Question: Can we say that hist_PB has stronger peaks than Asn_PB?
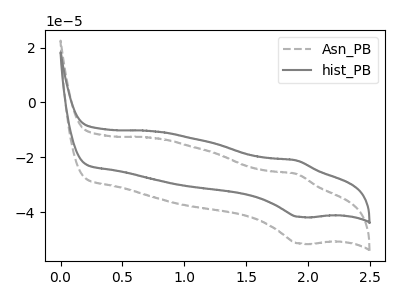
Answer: <think>The gray dashed curve "Asn_PB" has an anodic peak at (1.90V, -26.00uA) and a cathodic peak at (1.95V, -51.30uA). The gray curve "hist_PB" has an anodic peak at (1.90V, -21.10uA) and a cathodic peak at (1.95V, -41.65uA).</think>
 <answer>The peaks in "hist_PB" are neither all higher or all lower than the peaks in "Asn_PB".</answer>
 <eval>mixed</eval>